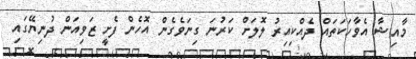
މާއިޝާ އެވާހަކަތައް ދެއްކިއިރު ލޮލަށް ކަރުނަ ގިނަވެގެން އޮހެން ފެށީ ޒަވިއަން ދުނިޔޭގައި